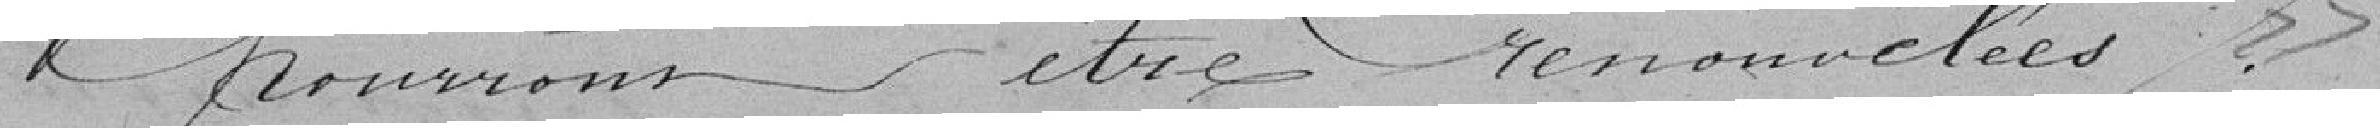
pourront être renouvelées "